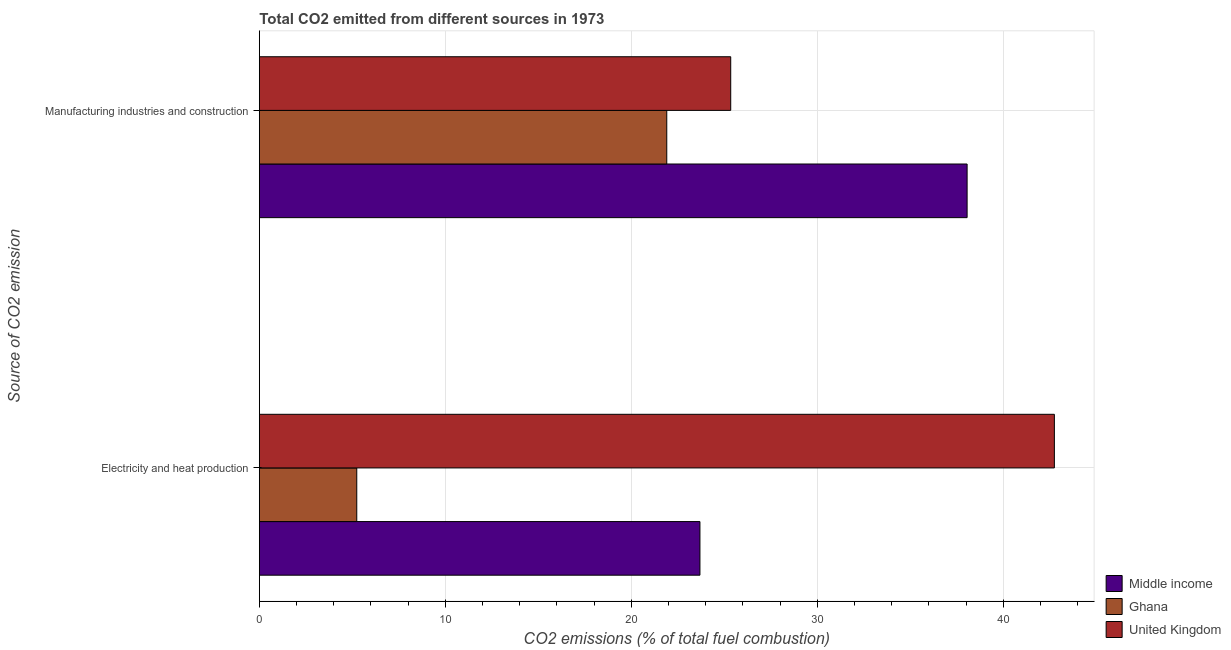
| Source of CO2 emission | Middle income | Ghana | United Kingdom |
 | --- | --- | --- | --- |
 | Electricity and heat production | 23.7 | 5.24 | 42.7 |
 | Manufacturing industries and construction | 38.1 | 21.9 | 25.3 |